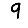
Digit: 9